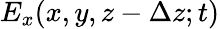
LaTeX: E_{x}(x,y,z-\Delta z;t)